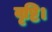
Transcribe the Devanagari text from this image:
वृष्टि।